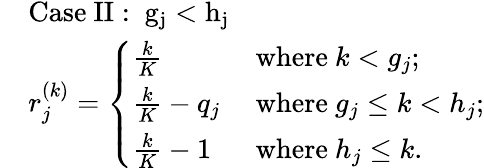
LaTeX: \begin{array}{rl}&{\mathrm{Case~II:~g_j<h_j~}}\\ &{r_{j}^{(k)}=\left\{ \begin{array}{ll}{\frac{k}{K}}&{\mathrm{~where~}k<g_{j};}\\ {\frac{k}{K}-q_{j}}&{\mathrm{~where~}g_{j}\leq k<h_{j};}\\ {\frac{k}{K}-1}&{\mathrm{~where~}h_{j}\leq k.}\end{array}\right.}\end{array}